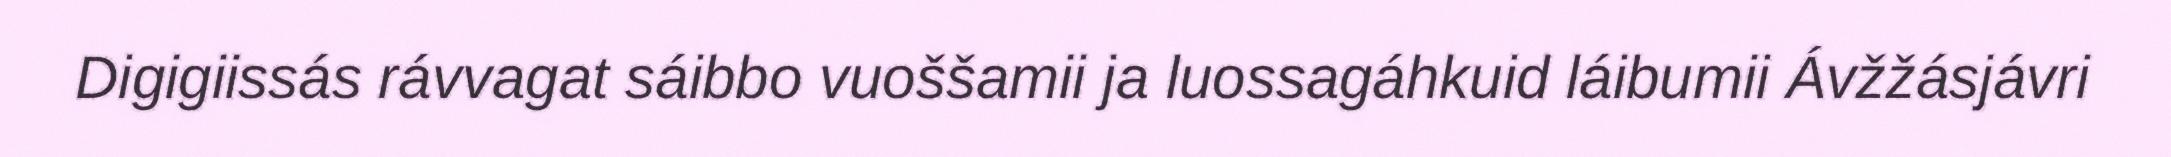
Digigiissás rávvagat sáibbo vuoššamii ja luossagáhkuid láibumii Ávžžásjávri